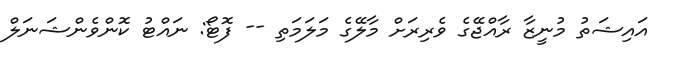
އައިޝަތު މުނީޒާ ރާއްޖޭގެ ވެރިރަށް މާލޭގެ މަލަމަތި -- ފޮޓޯ: ނައްޓު ކޮންވެންޝަނަލް